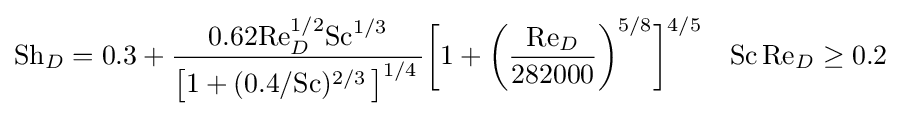
\mathrm {Sh} _{D}=0.3+{\frac {0.62\mathrm {Re} _{D}^{1/2}\mathrm {Sc} ^{1/3}}{\left[1+(0.4/\mathrm {Sc} )^{2/3}\,\right]^{1/4}\,}}{\bigg [}1+{\bigg (}{\frac {\mathrm {Re} _{D}}{282000}}{\bigg )}^{5/8}{\bigg ]}^{4/5}\quad \mathrm {Sc} \,\mathrm {Re} _{D}\geq 0.2